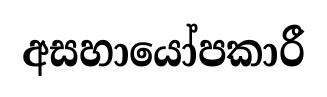
අසහායෝපකාරී